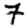
Digit: 7